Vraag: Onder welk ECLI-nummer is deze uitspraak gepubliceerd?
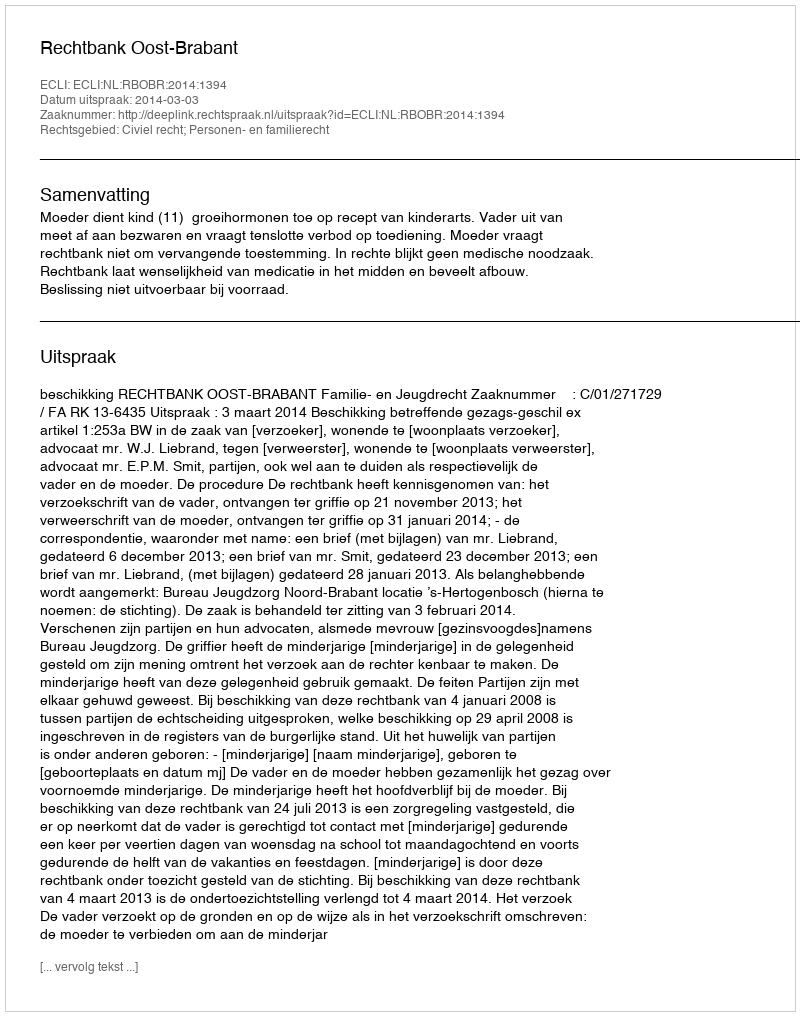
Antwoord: ECLI:NL:RBOBR:2014:1394